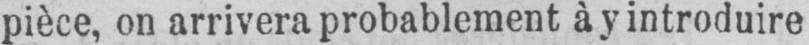
pièce, on arrivera probablement à y introduire